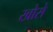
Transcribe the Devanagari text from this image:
खोसे